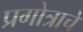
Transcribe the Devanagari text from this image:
प्रगोत्राचे